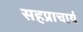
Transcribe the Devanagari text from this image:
सहप्राचार्य